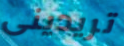
تريدينى